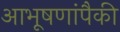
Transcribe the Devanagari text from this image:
आभूषणांपैकी